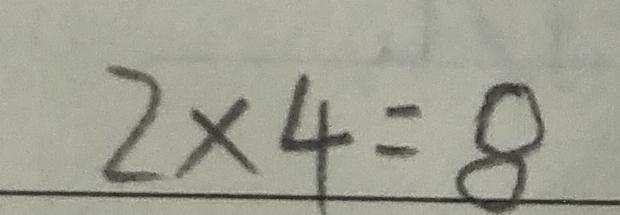
2 \times 4 = 8